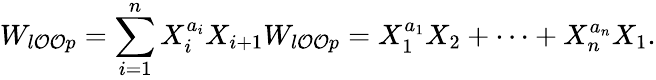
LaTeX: W_{l\mathcal{O}\mathcal{O}p}=\sum_{i=1}^{n}{X_{i}^{a_{i}}X_{i+1}}W_{l\mathcal{O}\mathcal{O}p}=X_{1}^{a_{1}}X_{2}+\cdots+X_{n}^{a_{n}}X_{1}.